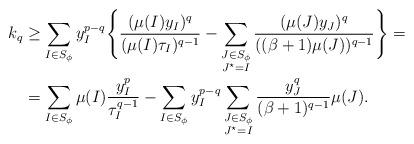
LaTeX: \begin{align*} k_q &\geq \sum_{I\in S_\phi} y_I^{p-q} \Biggl\{ \frac{(\mu(I) y_I)^q}{(\mu(I)\tau_I)^{q-1}} - \sum_{\substack{J\in S_\phi\\ J^\star=I}} \frac{(\mu(J)y_J)^q}{((\beta+1)\mu(J))^{q-1}}\Biggr\} = \\ &= \sum_{I\in S_\phi}\mu(I)\frac{y_I^p}{\tau_I^{q-1}} - \sum_{I\in S_\phi}y_I^{p-q}\sum_{\substack{J\in S_\phi\\ J^\star=I}} \frac{y_J^q}{(\beta+1)^{q-1}}\mu(J).\end{align*}